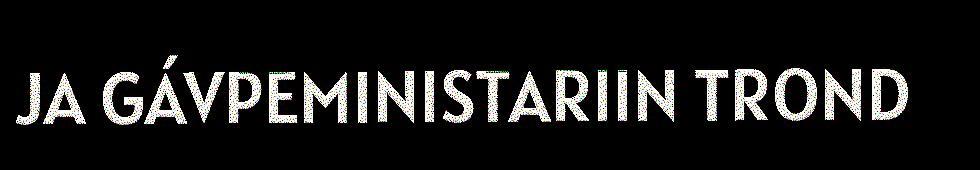
JA GÁVPEMINISTARIIN TROND